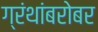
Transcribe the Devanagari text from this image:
ग्रंथांबरोबर